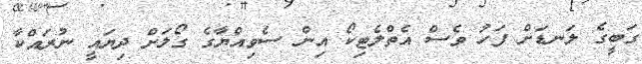
ގަބީގެ ލަނޑަށް ފަހު ވެސް އެތްލެޓިކޯ އިން ސެވިއްޔާގެ ގޯލަށް ދިޔައީ ނުރައްކާ